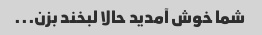
شما خوش آمدید حالا لبخند بزن...